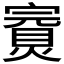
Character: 𡫅